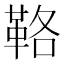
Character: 𩊚